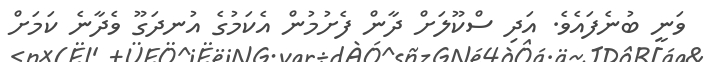
ވަނީ ބުނެފައެވެ. އަދި ސްކޫލަށް ދާން ފެށުމުން އެކަމުގެ އުނދަގޫ ވެދާނެ ކަމަށް